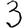
Digit: 3